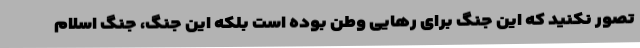
تصور نکنید که این جنگ برای رهایی وطن بوده است بلکه این جنگ، جنگ اسلام